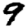
Digit: 9